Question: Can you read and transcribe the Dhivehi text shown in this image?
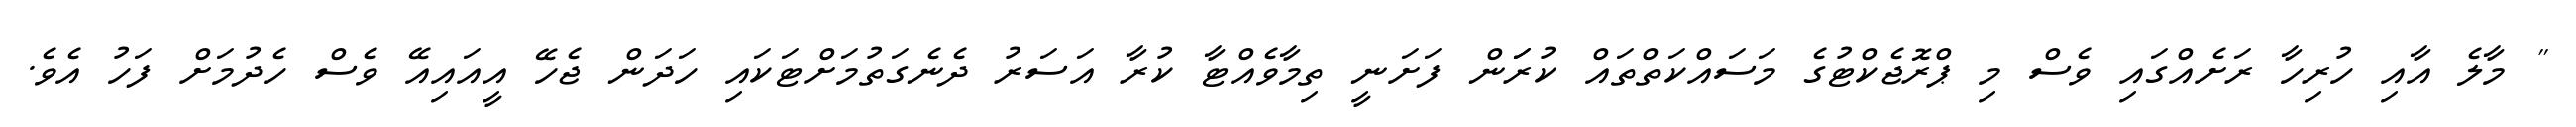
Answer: " މާލެ އާއި ހުރިހާ ރަށެއްގައި ވެސް މި ޕްރޮޖެކްޓުގެ މަސައްކަތްތައް ކުރަަން ފަށަނީ ތިމާވެއްޓާ ކުރާ އަސަރު ދެނެގަތުމަށްޓަކައި ހަދަން ޖެހޭ އީއައިއޭ ވެސް ހެދުމަށް ފަހު އެވެ.